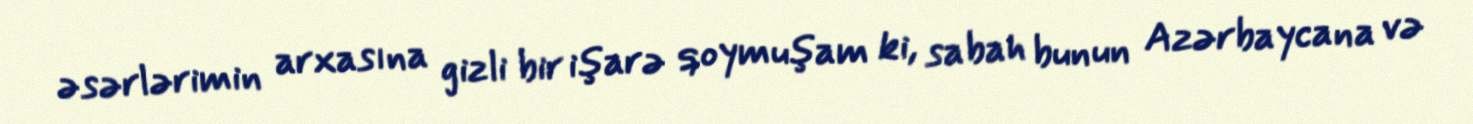
əsərlərimin arxasına gizli bir işarə qoymuşam ki, sabah bunun Azərbaycana və